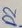
Text: D2